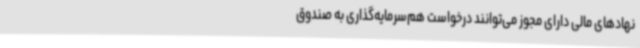
نهادهای مالی دارای مجوز می‌توانند درخواست هم‌سرمایه‌گذاری به صندوق